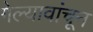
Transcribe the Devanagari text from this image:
गेल्यावांचून